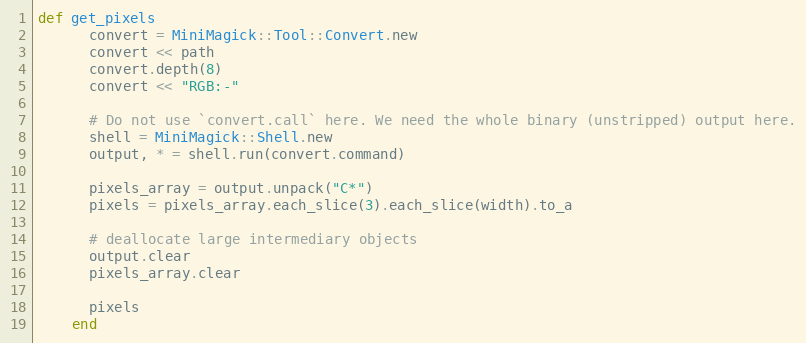
Language: Ruby
def get_pixels
      convert = MiniMagick::Tool::Convert.new
      convert << path
      convert.depth(8)
      convert << "RGB:-"

      # Do not use `convert.call` here. We need the whole binary (unstripped) output here.
      shell = MiniMagick::Shell.new
      output, * = shell.run(convert.command)

      pixels_array = output.unpack("C*")
      pixels = pixels_array.each_slice(3).each_slice(width).to_a

      # deallocate large intermediary objects
      output.clear
      pixels_array.clear

      pixels
    end